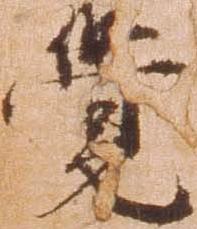
覚